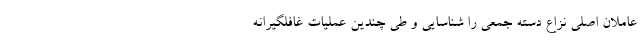
عاملان اصلی نزاع دسته جمعی را شناسایی و طی چندین عملیات غافلگیرانه